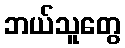
ဘယ်သူတွေ